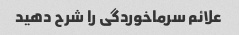
علائم سرماخوردگی را شرح دهید